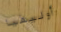
أوليفيا